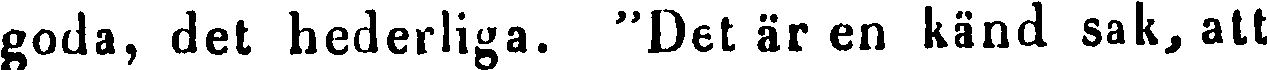
goda, det hederliga. "Det är en känd sak, att